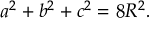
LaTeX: \displaystyle a ^ { 2 } + b ^ { 2 } + c ^ { 2 } = 8 R ^ { 2 } .